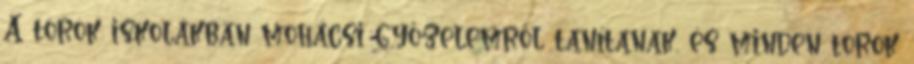
A török iskolákban mohácsi győzelemről tanítanak, és minden török